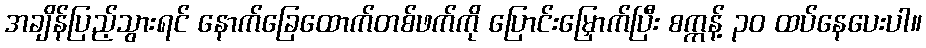
အချိန်ပြည့်သွားရင် နောက်ခြေထောက်တစ်ဖက်ကို ပြောင်းမြှောက်ပြီး စက္ကန့် ၃၀ ထပ်နေပေးပါ။